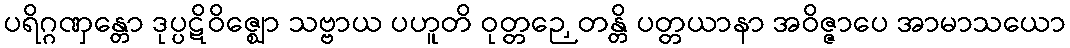
ပရိဂ္ဂဏှန္တော ဒုပ္ပဋိဝိဇ္ဈော သဗ္ဗာယ ပဟူတိ ဝုတ္တဉှေတန္တိ ပတ္တယာနာ အဝိဇ္ဇာပေ အာမာသယော